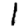
Digit: 1